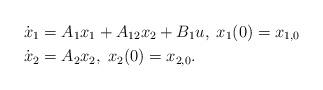
LaTeX: \begin{align*}\dot{x}_1 &= A_1 x_1 + A_{12} x_2 + B_1 u, \; x_1(0) = x_{1,0} \\\dot{x}_2 &= A_2 x_2, \; x_2(0) = x_{2,0}.\end{align*}